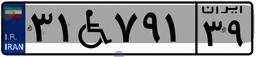
۵۱W۰۶۲۲۳